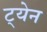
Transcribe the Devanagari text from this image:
ट्येन